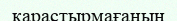
қарастырмағанын